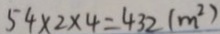
5 4 \times 2 \times 4 = 4 3 2 ( m ^ { 2 } )